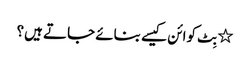
٭ بِٹ کوائن کیسے بنائے جاتے ہیں؟